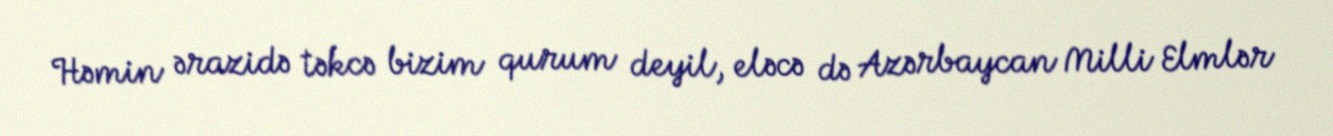
Həmin ərazidə təkcə bizim qurum deyil, eləcə də Azərbaycan Milli Elmlər